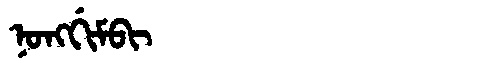
Manchu: ᠨᠣᠩᡤᡳᠮᠪᡳ
Romanization: NONGGIMBI